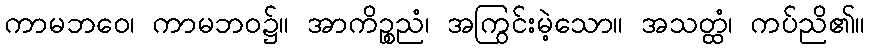
ကာမဘဝေ၊ ကာမဘဝ၌။ အာကိဉ္စညံ၊ အကြွင်းမဲ့သော။ အသတ္ထံ၊ ကပ်ညိ၏။